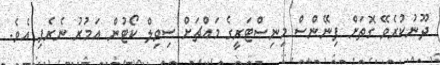
ދޫނުކުރެވޭ ގޮތަށް ފިނޭންސް މިނިސްޓަރީގެ މައްޗަށް ސިވިލް ކޯޓުން އަމުރު ނެރެފި އެވެ.